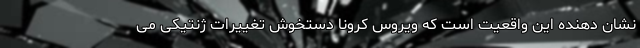
نشان دهنده این واقعیت است که ویروس کرونا دستخوش تغییرات ژنتیکی می